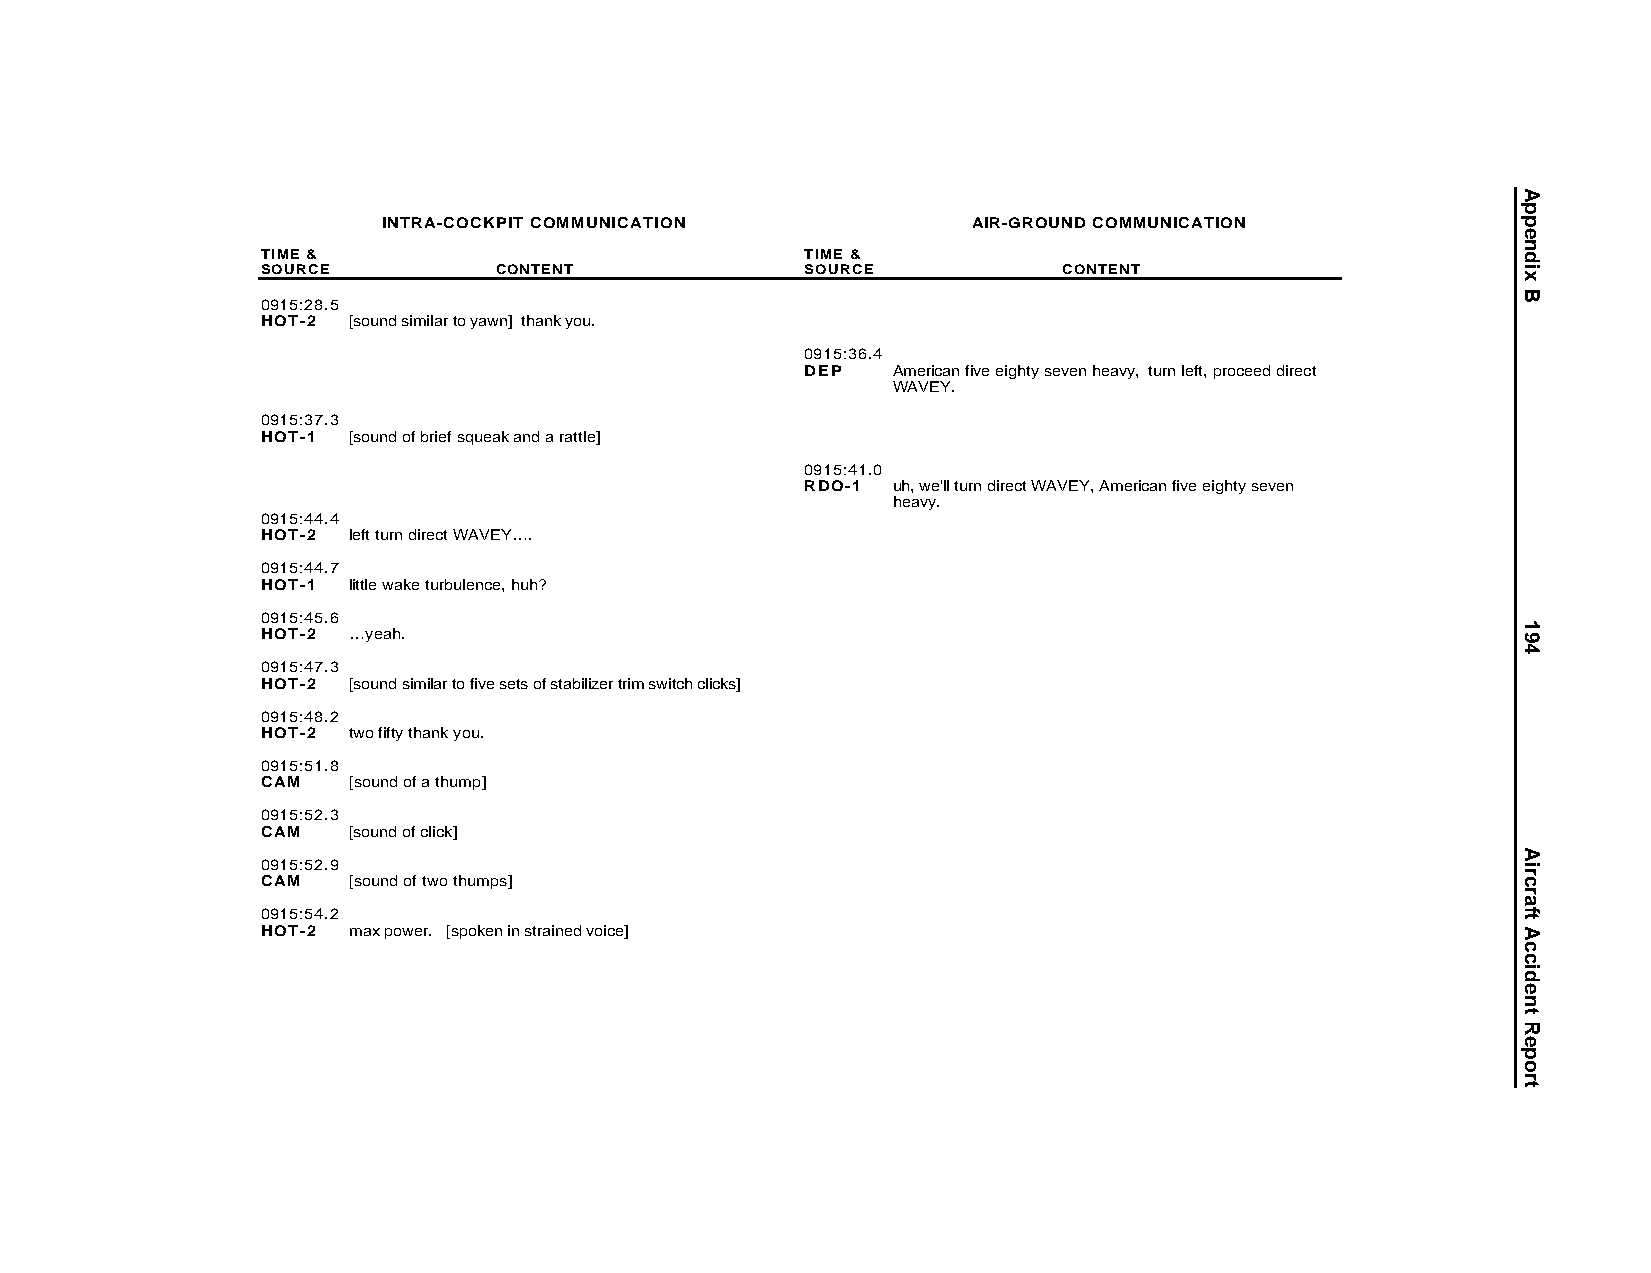
INTRA-COCKPIT COMMUNICATION            AIR-GROUND COMMUNICATION
 TIME &                              TIME &
 SOURCE          CONTENT             SOURCE           CONTENT
 0915:28.5
 HOT-2 [sound similar to yawn] thank you.
 0915:36.4
 DEP   American five eighty seven heavy, turn left, proceed direct
 WAVEY.
 0915:37.3
 HOT-1 [sound of brief squeak and a rattle]
 0915:41.0
 RDO-1 uh, we'll turn direct WAVEY, American five eighty seven
 heavy.
 0915:44.4
 HOT-2 left turn direct WAVEY….
 0915:44.7
 HOT-1 little wake turbulence, huh?
 0915:45.6
 HOT-2 …yeah.
 0915:47.3
 HOT-2 [sound similar to five sets of stabilizer trim switch clicks]
 0915:48.2
 HOT-2 two fifty thank you.
 0915:51.8
 CAM   [sound of a thump]
 0915:52.3
 CAM   [sound of click]
 0915:52.9
 CAM   [sound of two thumps]
 0915:54.2
 HOT-2 max power. [spoken in strained voice]
 Appendix
 B
 194
 AircraftAccidentReport